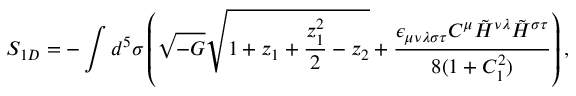
S _ { 1 D } = - \int d ^ { 5 } \sigma \left( \sqrt { - G } \sqrt { 1 + z _ { 1 } + \frac { z _ { 1 } ^ { 2 } } { 2 } - z _ { 2 } } + \frac { \epsilon _ { \mu \nu \lambda \sigma \tau } C ^ { \mu } \tilde { \cal H } ^ { \nu \lambda } \tilde { \cal H } ^ { \sigma \tau } } { 8 ( 1 + C _ { 1 } ^ { 2 } ) } \right) ,